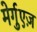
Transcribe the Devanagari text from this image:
मेर्गुएज़